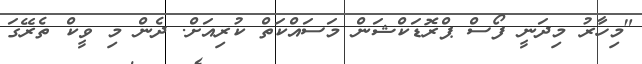
"މިހާރު މިދަނީ ފޯސް ޕްރޮޑަކްޝަން މަސައްކަތް ކުރިއަށް. ދެން މި ވީކް ތެރޭގަ